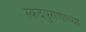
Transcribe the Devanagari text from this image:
स्कंदपुराणाच्या